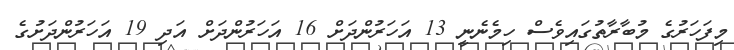
މިފަހަރުގެ މުބާރާތުގައިވެސް ހިމެނެނީ 13 އަހަރުންދަށް 16 އަހަރުންދަށް އަދި 19 އަހަރުންދަށުގެ